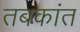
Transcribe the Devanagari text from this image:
तबकांत